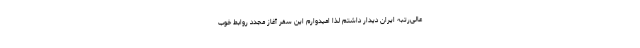
عالی‌رتبه ایران دیدار داشتم لذا امیدوارم این سفر آغاز مجدد روابط خوب